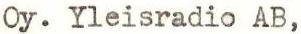
Oy. Yleisradio AB,